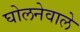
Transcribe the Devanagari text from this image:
घोलनेवाले